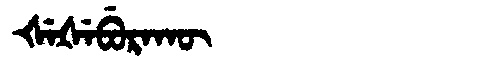
Manchu: ᡧᡝᡧᡝᠪᡠᡵᠠᡴᡡ
Romanization: ŠEŠEBURAKŪ